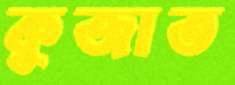
কুজাত